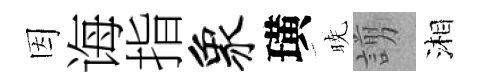
因诲指象璜暁謭湘